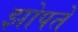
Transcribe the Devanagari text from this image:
झोपते